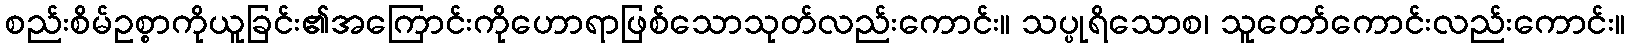
စည်းစိမ်ဥစ္စာကိုယူခြင်း၏အကြောင်းကိုဟောရာဖြစ်သောသုတ်လည်းကောင်း။ သပ္ပုရိသောစ၊ သူတော်ကောင်းလည်းကောင်း။